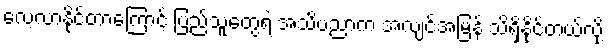
လေ့လာနိုင်တာကြောင့် ပြည်သူတွေရဲ့ အသိပညာက အလျင်အမြန် သိရှိနိုင်တယ်လို့